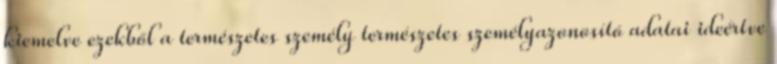
kiemelve ezekből a természetes személy természetes személyazonosító adatai ideértve